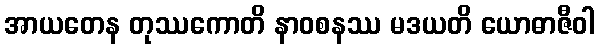
အာယတေန တုဿကောတိ နာဝစနဿ မဒယတိ ယောဓာဇီဝါ